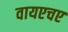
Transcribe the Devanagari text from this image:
वायएचए